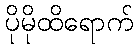
ပိုမိုထိရောက်